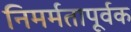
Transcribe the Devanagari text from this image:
निमर्मतापूर्वक